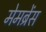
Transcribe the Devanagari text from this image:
मेमब्रेंस